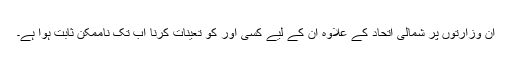
ان وزارتوں پر شمالی اتحاد کے علاوہ ان کے لیے کسی اور کو تعینات کرنا اب تک ناممکن ثابت ہوا ہے۔